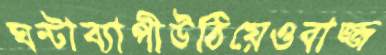
ঘন্টাব্যাপীউঠিয়েওবাজ্জ